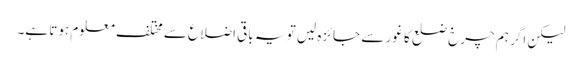
لیکن اگر ہم چرخ ضلع کا غور سے جائزہ لیں تو یہ باقی اضلاع سے مختلف معلوم ہوتا ہے۔